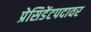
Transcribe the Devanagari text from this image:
प्रेसिडेंटपदावर